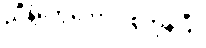
ညှီနံ့တွေတောင် စွဲကုန်ပြီ။